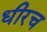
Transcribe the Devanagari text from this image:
धीरच